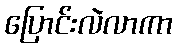
ပြောင်းလဲလာကာ